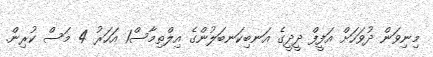
މިނިވަން ދުވަހަށް އަފީފް ދީދީގެ އަނބިކަނބަލުންގެ އިލްތިމާސް1 އަހަރު 4 މަސް ކުރިން.